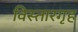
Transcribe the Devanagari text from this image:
विस्तारगृह